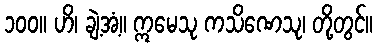
၁၀၀။ ဟိ၊ ချဲ့အံ့။ ဣမေသု ကသိဏေသု၊ တို့တွင်။